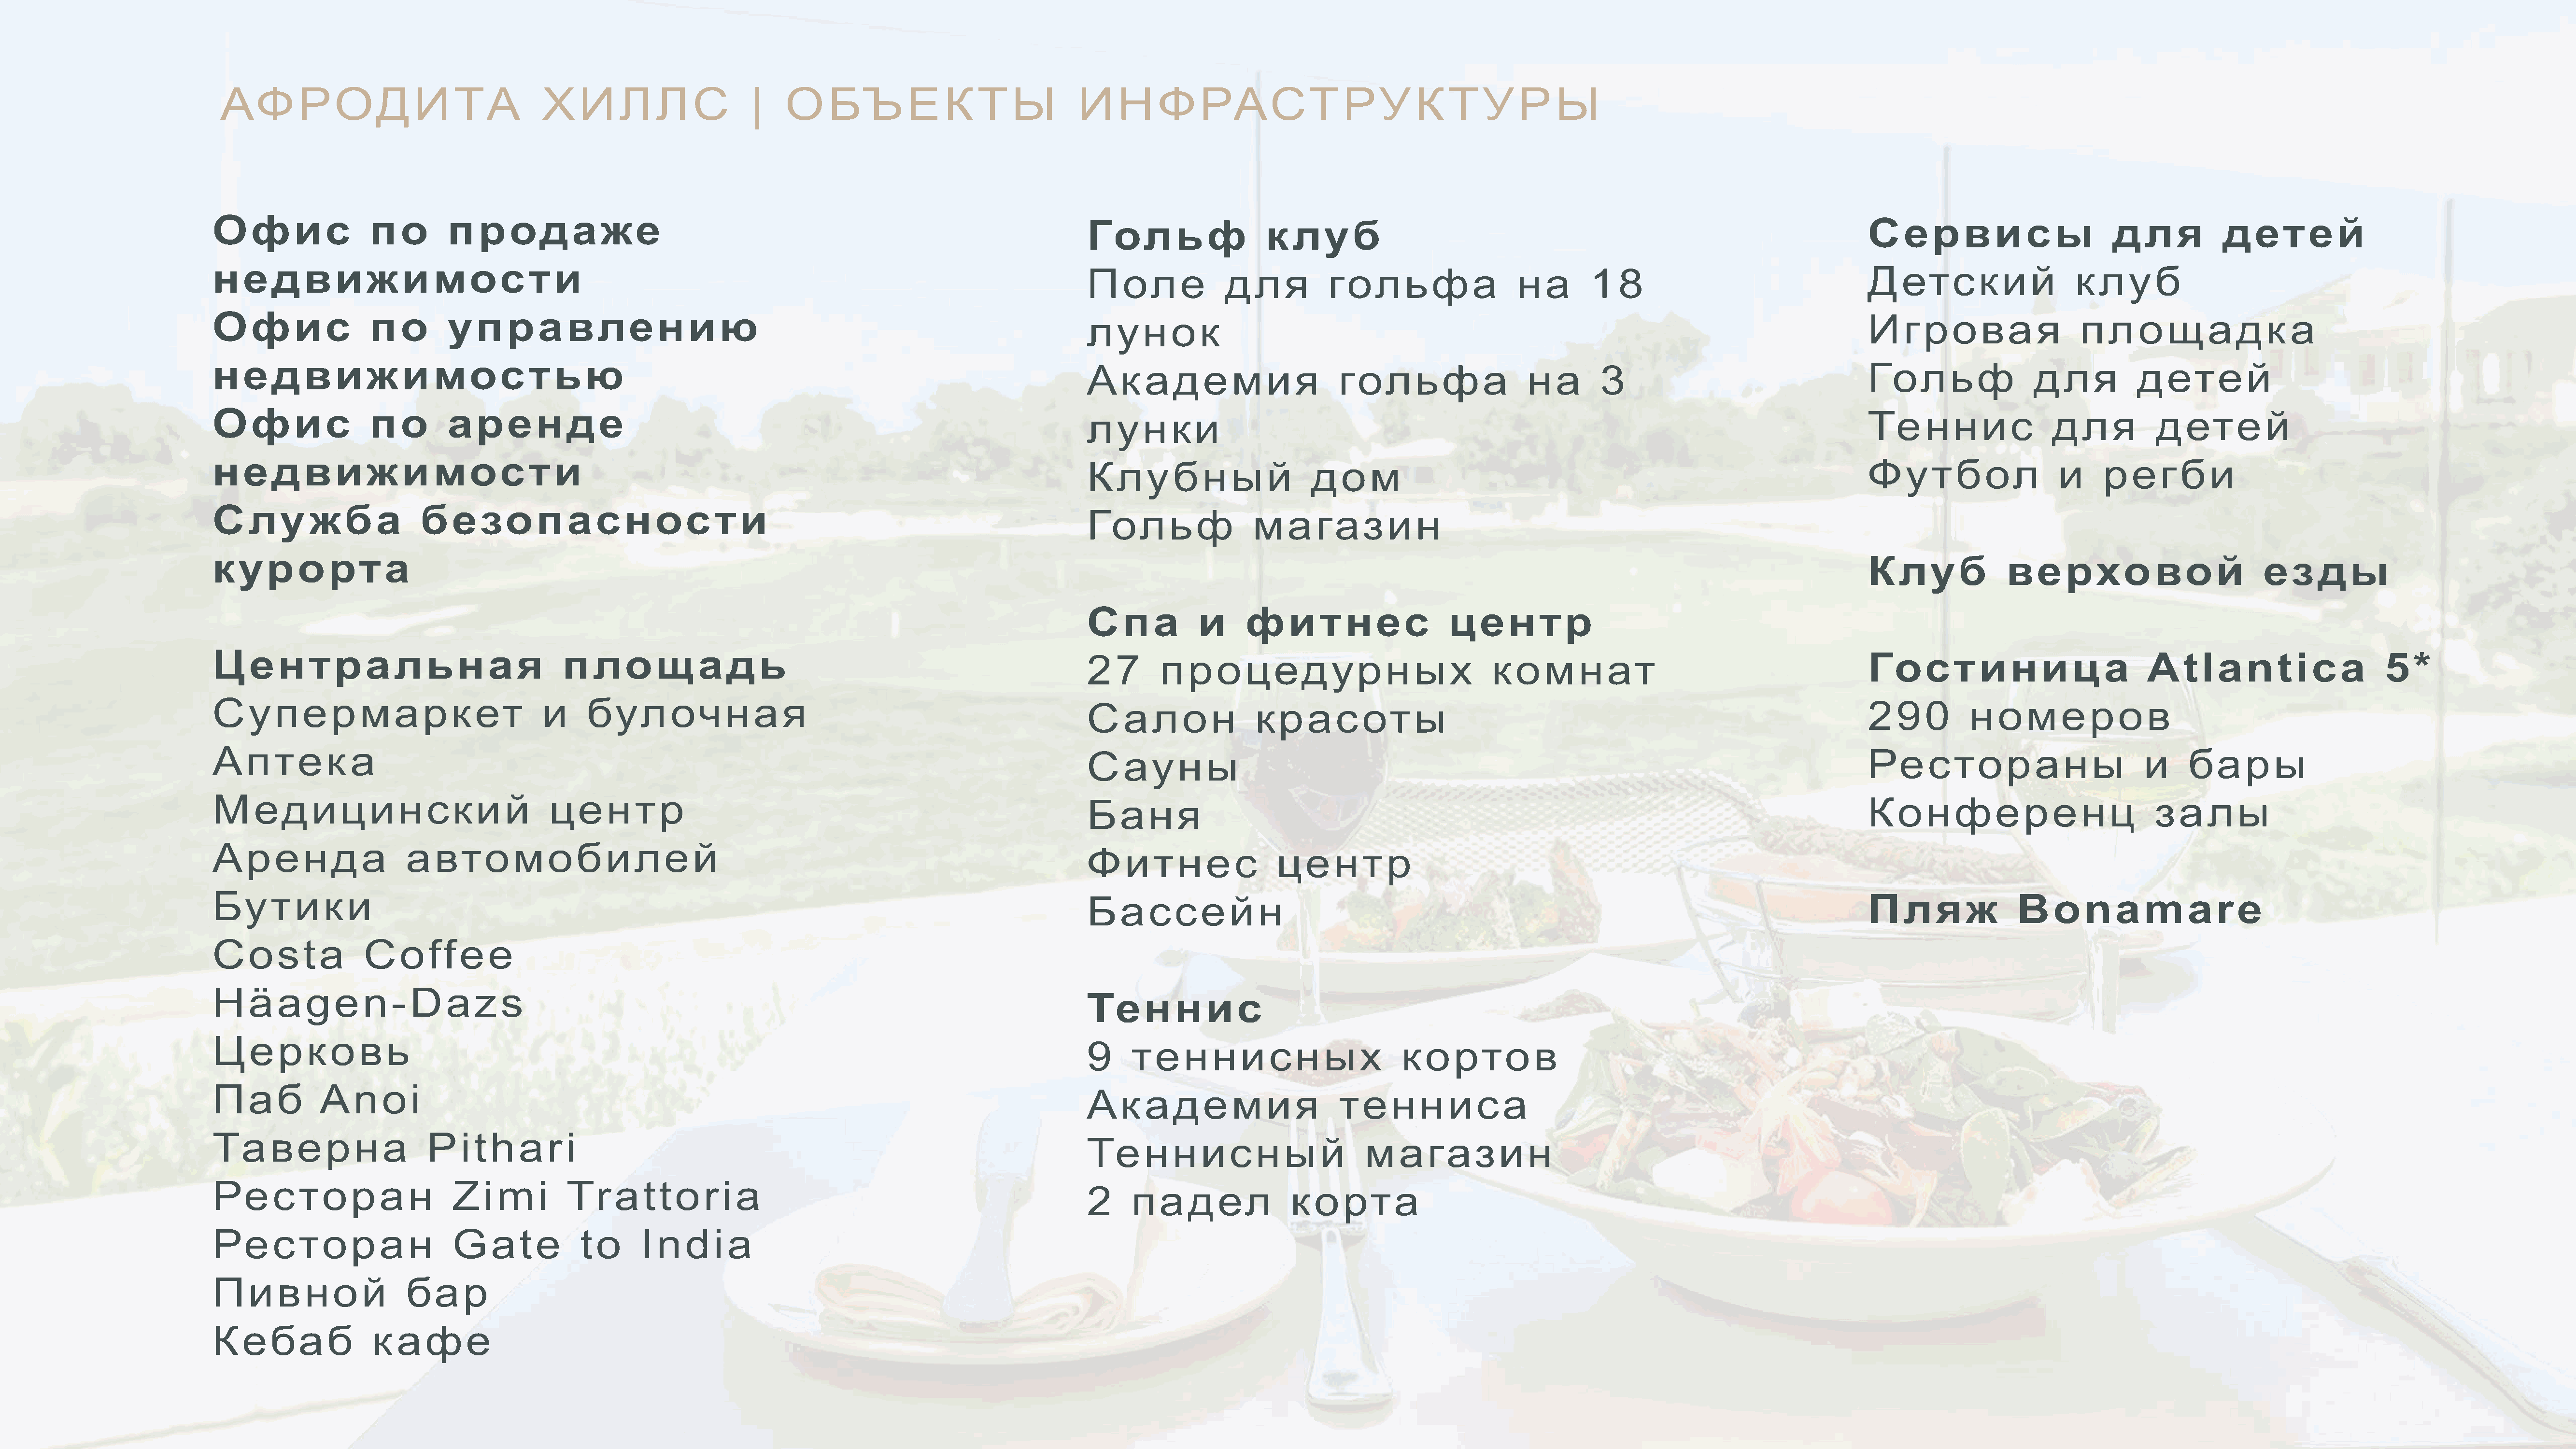
АФРОДИТА                                    ХИЛЛС                        |    ОБЪЕКТЫ                                 ИНФРАСТРУКТУРЫ
 Офис                  по        продаже                                                                                 Гольф                    клуб                                                                              Сервисы                           для            детей
 недвижимости                                                                                                            Поле               для           гольфа                    на        18                                    Детский                     клуб
 Офис                  по        управлению                                                                              лунок                                                                                                      Игровая                      площадка
 недвижимостью                                                                                                           Академия                          гольфа                    на        3                                    Гольф                  для           детей
 Офис                  по        аренде                                                                                  лунки                                                                                                      Теннис                   для           детей
 недвижимости                                                                                                            Клубный                        дом                                                                         Футбол                    и     регби
 ССлужба                      безопасности
 ГГольф                 магазин
 курорта                                                                                                                                                                                                                            ККлуб              верховой                           езды
 Спа            и      фитнес                      центр
 Центральная                                     площадь                                                                 27        процедурных                                  комнат                                              Гостиница                             Atlantica                        5*
 Супермаркет                                  и     булочная                                                             Салон                  красоты                                                                             290           номеров
 Аптека                                                                                                                  Сауны                                                                                                      Рестораны                             и     бары
 Медицинский                                   центр                                                                     Баня                                                                                                       Конференц                              залы
 Аренда                     автомобилей
 Фитнес                    центр
 ББутики
 ББаассссееййнн                                                                                             Пляж                Bonamare
 Costa                Coffee
 Häagen-Dazs
 Теннис
 Церковь
 9     теннисных                            кортов
 Паб            Anoi
 Академия                          тенниса
 Таверна                       Pithari
 Теннисный                             магазин
 Ресторан                         Zimi            Trattoria
 2     падел                 корта
 РРесторан                        Gate              to      India
 Пивной                     бар
 Кебаб                 кафе